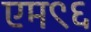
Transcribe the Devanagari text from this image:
एम९६